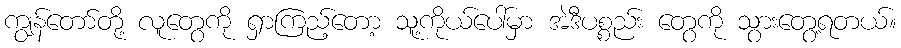
ကျွန်တော်တို့ လူတွေကို ရှာကြည့်တော့ သူ့ကိုယ်ပေါ်မှာ အဲဒီပစ္စည်း တွေကို သွားတွေ့ရတယ်။